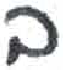
אות: ב